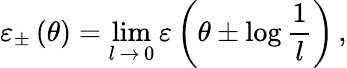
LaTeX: \varepsilon_{\pm}\left(\theta\right)=\operatorname*{lim}_{l\, \rightarrow\, 0}\varepsilon\left(\theta\pm\log\frac{1}{l}\right)\, ,